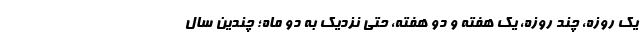
یک روزه، چند روزه، یک هفته و دو هفته، حتی نزدیک به دو ماه؛ چندین سال